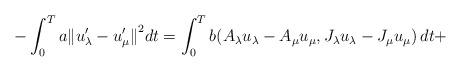
LaTeX: \begin{align*}-\int_0^Ta{\Vert u_{\lambda}^{\prime} - u_{\mu}^{\prime}\Vert}^2dt = \int_0^Tb(A_{\lambda}u_{\lambda} - A_{\mu}u_{\mu},J_{\lambda} u_{\lambda} - J_{\mu} u_{\mu})\, dt +\end{align*}